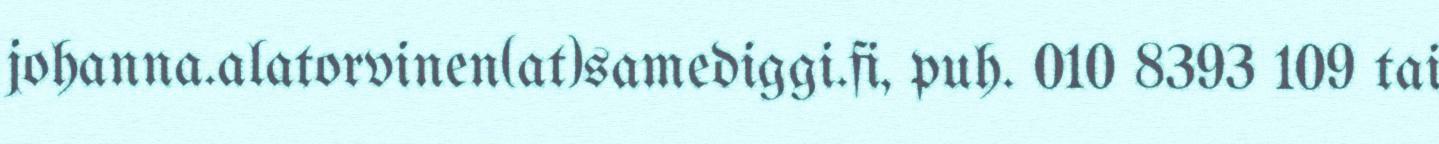
johanna.alatorvinen(at)samediggi.fi, puh. 010 8393 109 tai